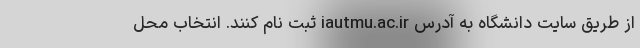
از طریق سایت دانشگاه به آدرس iautmu.ac.ir ثبت نام کنند. انتخاب محل